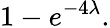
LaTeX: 1-e^{-4\lambda}.